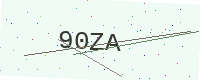
Text: 90ZA